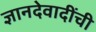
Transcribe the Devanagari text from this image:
ज्ञानदेवादींची